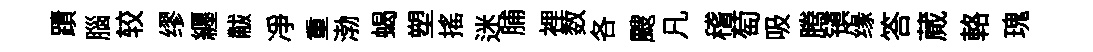
蹟腦较缪纒黻净重渤蝎塑揺迷脯裡数各颼凡稽萄吸腾镇缘答蕆輅瑰